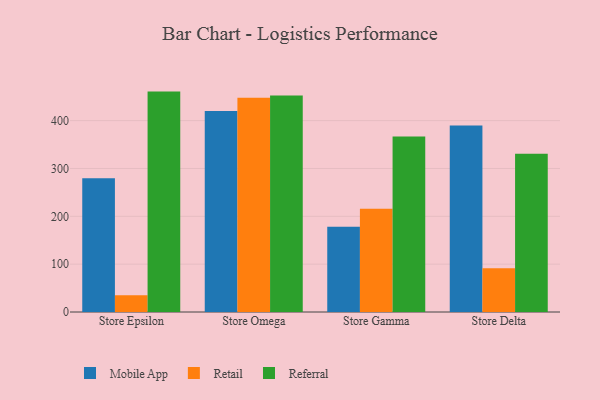
{"axis": {"x": "Store", "y": "Bounce Rate (%)"}, "legend": ["Mobile App", "Referral", "Retail"], "data": [{"x": "Store Epsilon", "y": 279.6, "type": "Mobile App"}, {"x": "Store Epsilon", "y": 35.1, "type": "Retail"}, {"x": "Store Epsilon", "y": 460.7, "type": "Referral"}, {"x": "Store Omega", "y": 420.3, "type": "Mobile App"}, {"x": "Store Omega", "y": 447.9, "type": "Retail"}, {"x": "Store Omega", "y": 452.8, "type": "Referral"}, {"x": "Store Gamma", "y": 178.4, "type": "Mobile App"}, {"x": "Store Gamma", "y": 216.0, "type": "Retail"}, {"x": "Store Gamma", "y": 366.9, "type": "Referral"}, {"x": "Store Delta", "y": 390.1, "type": "Mobile App"}, {"x": "Store Delta", "y": 91.7, "type": "Retail"}, {"x": "Store Delta", "y": 330.8, "type": "Referral"}]}